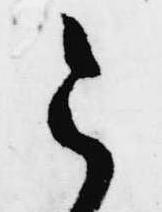
令